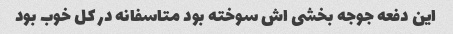
این دفعه جوجه بخشی اش سوخته بود متاسفانه در کل خوب بود